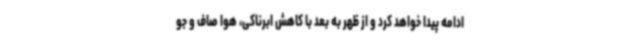
ادامه پیدا خواهد کرد و از ظهر به بعد با کاهش ابرناکی، هوا صاف و جو